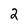
Character: 2